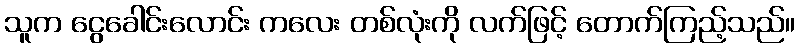
သူက ငွေခေါင်းလောင်း ကလေး တစ်လုံးကို လက်ဖြင့် တောက်ကြည့်သည်။